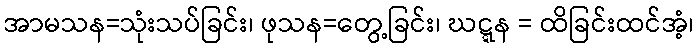
အာမသန=သုံးသပ်ခြင်း၊ ဖုသန=တွေ့ခြင်း၊ ဃဋ္ဋန = ထိခြင်းထင်အံ့၊